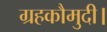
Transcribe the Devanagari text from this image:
ग्रहकौमुदी।